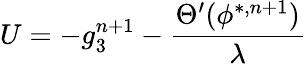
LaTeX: U=-g_{3}^{n+1}-\frac{\Theta^{\prime}(\phi^{*,n+1})}{\lambda}